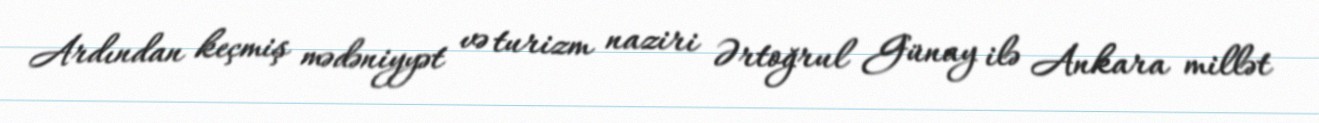
Ardından keçmiş mədəniyyət və turizm naziri Ərtoğrul Günay ilə Ankara millət